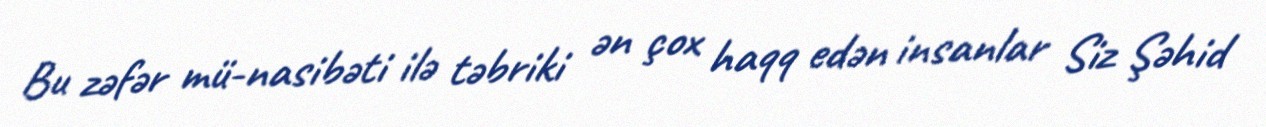
Bu zəfər mü­nasibəti ilə təbriki ən çox haqq edən insanlar Siz Şəhid